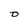
Character: D